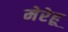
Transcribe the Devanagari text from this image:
मेरेहू